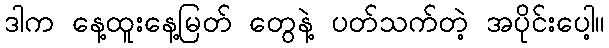
ဒါက နေ့ထူးနေ့မြတ် တွေနဲ့ ပတ်သက်တဲ့ အပိုင်းပေါ့။